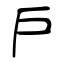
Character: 戶